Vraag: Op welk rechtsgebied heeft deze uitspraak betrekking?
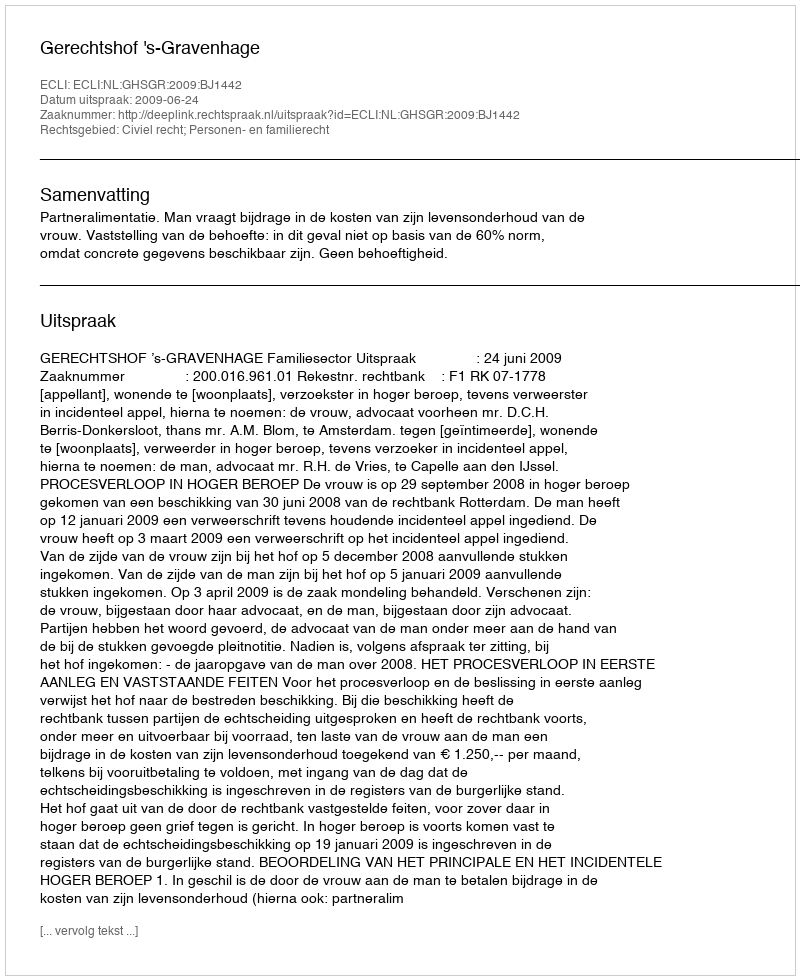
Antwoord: Civiel recht; Personen- en familierecht